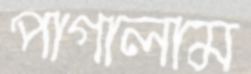
পাগালাম